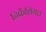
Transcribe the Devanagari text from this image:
डिफ्रेंशियल